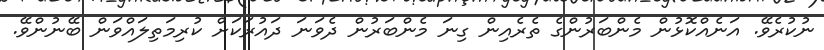
ނުކުރެވޭ. އަނެއްކޮޅުން މެންބަރުންގެ ތެރެއިން ގިނަ މެންބަރުން ދެވަނަ ދައުރަކަށް ކުރިމަތިލައްވަން ބޭނުންވޭ.